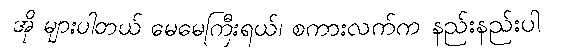
အို များပါတယ် မေမေကြီးရယ်၊ စကားလက်က နည်းနည်းပါ